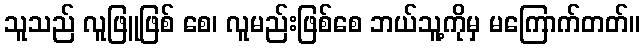
သူသည် လူဖြူဖြစ် စေ၊ လူမည်းဖြစ်စေ ဘယ်သူ့ကိုမှ မကြောက်တတ်။